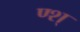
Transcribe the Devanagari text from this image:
ण्श्